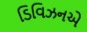
ડિવિઝનએ